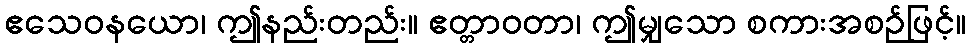
ဧသေဝနယော၊ ဤနည်းတည်း။ ဧတ္တာဝတာ၊ ဤမျှသော စကားအစဉ်ဖြင့်။